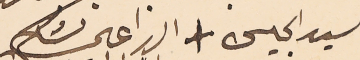
السيد الحبيس +  الداعى شكركم